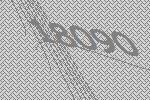
18090